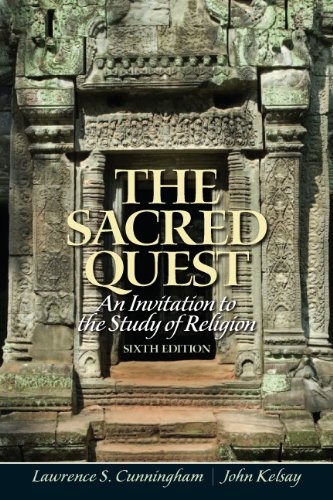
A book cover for The Sacred Quest: An invitation to the Study of Religion (6th Edition); Lawrence Cunningham; Religion & Spirituality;